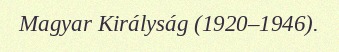
Magyar Királyság (1920–1946).